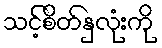
သင့်စိတ်နှလုံးကို